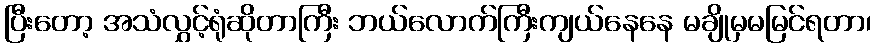
ပြီးတော့ အသံလွှင့်ရုံဆိုတာကြီး ဘယ်လောက်ကြီးကျယ်နေနေ မချိုမှမမြင်ရတာ၊